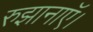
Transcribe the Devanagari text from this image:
रुझानाऍ।